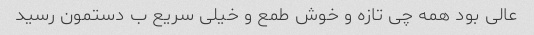
عالی بود همه چی تازه و خوش طمع و خیلی سریع ب دستمون رسید